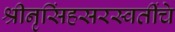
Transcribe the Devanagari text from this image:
श्रीनृसिंहसरस्वतींचे